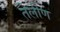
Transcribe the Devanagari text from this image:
तेलीण